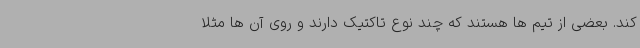
کند. بعضی از تیم ها هستند که چند نوع تاکتیک دارند و روی آن ها مثلا